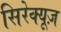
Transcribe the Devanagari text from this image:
सिरेक्यूज़